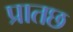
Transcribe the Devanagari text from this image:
प्रातछ